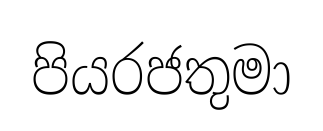
පියරජතුමා